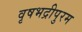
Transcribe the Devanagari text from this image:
वृषभद्रीपुरम